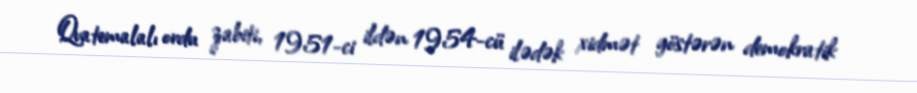
Qvatemalalı ordu zabiti, 1951-ci ildən 1954-cü ilədək xidmət göstərən demokratik